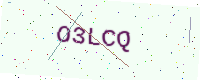
Text: O3LCQ